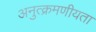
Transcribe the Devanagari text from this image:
अनुत्क्रमणीयता